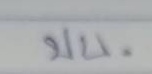
บน